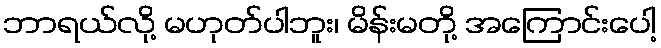
ဘာရယ်လို့ မဟုတ်ပါဘူး၊ မိန်းမတို့ အကြောင်းပေါ့